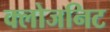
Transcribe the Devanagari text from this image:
क्लोजनिट